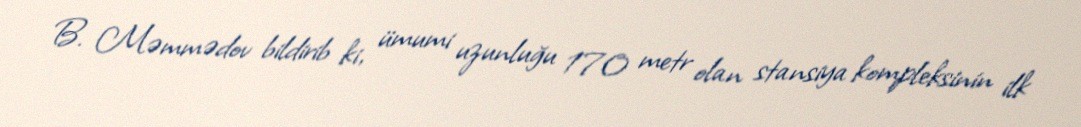
B. Məmmədov bildirib ki, ümumi uzunluğu 170 metr olan stansiya kompleksinin ilk